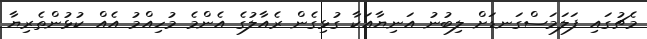
މެޗުގައި ފަލަމަސްގަނޑަށް ލިބުނު އަނިޔާއަކާ ގުޅިގެން ރެއާލުގެ އެންމެ މުހިއްމު އެއް ކުޅުންތެރިޔާ